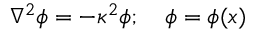
\nabla ^ { 2 } \phi = - \kappa ^ { 2 } \phi ; \quad \phi = \phi ( x )